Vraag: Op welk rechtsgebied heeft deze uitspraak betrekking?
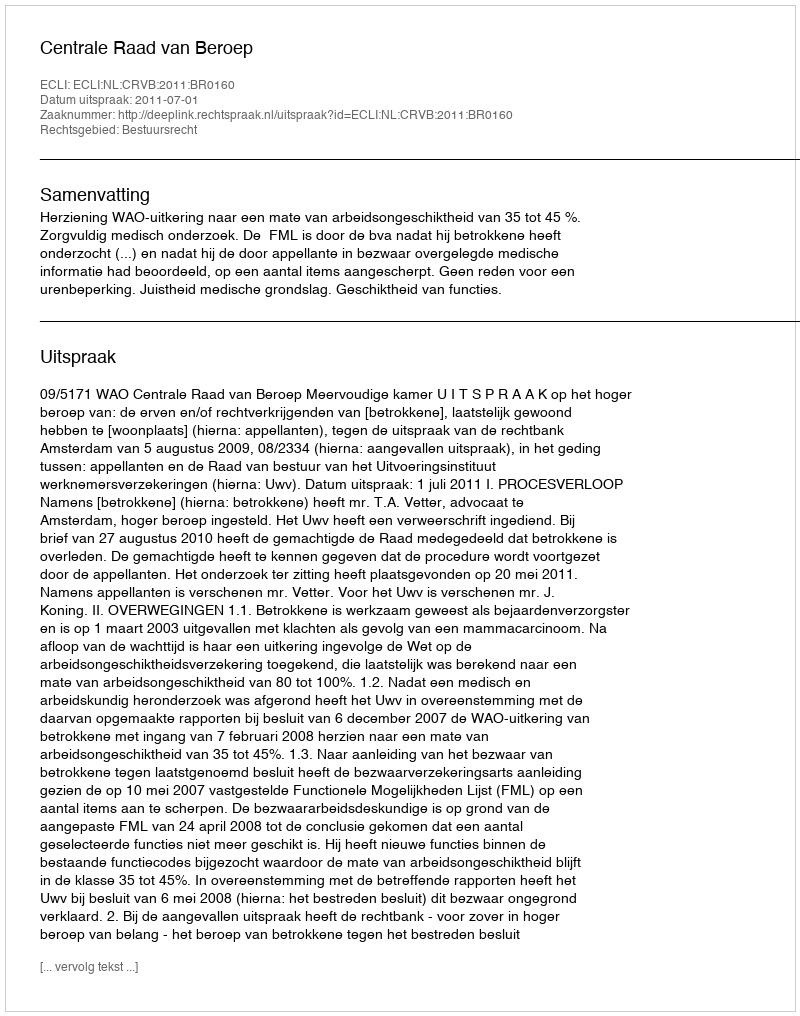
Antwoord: Bestuursrecht